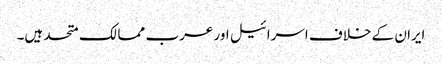
ایران کے خلاف اسرائیل اور عرب ممالک متحد ہیں۔